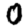
Digit: 0